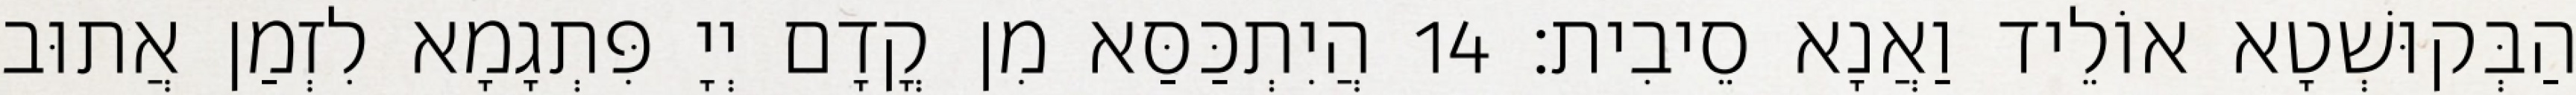
הַבְּקוּשְׁטָא אוֹלֵיד וַאֲנָא סֵיבִית׃ 14 הֲיִתְכַּסַּא מִן קֳדָם יְיָ פִּתְגָמָא לִזְמַן אֲתוּב